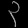
Digit: ၃